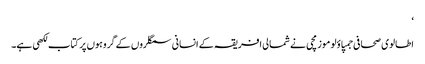
‘
اطالوی صحافی جمپاؤلو موزمچی نے شمالی افریقہ کے انسانی سمگلروں کے گروہوں پر کتاب لکھی ہے۔